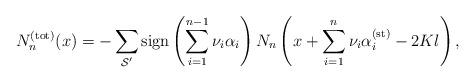
LaTeX: \begin{align*}N_{n}^{({\rm tot})}(x)=-\sum_{{\cal S}^{\prime}}{\rm sign}\left(\sum_{i=1}^{n-1}\nu_{i}\alpha_{i}\right)N_{n}\left(x+\sum_{i=1}^{n}\nu_{i}\alpha_{i}^{({\rm st})}-2Kl\right),\end{align*}